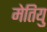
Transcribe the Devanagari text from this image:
मेतियु